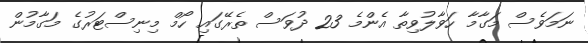
ނަމަވެސް މަގާމާ ހަވާލުވިތާ އެންމެ 23 ދުވަސް ތެރޭގައި ހޯމް މިނިސްޓަރުގެ މަގާމުން